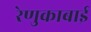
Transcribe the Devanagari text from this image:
रेणुकाबाई